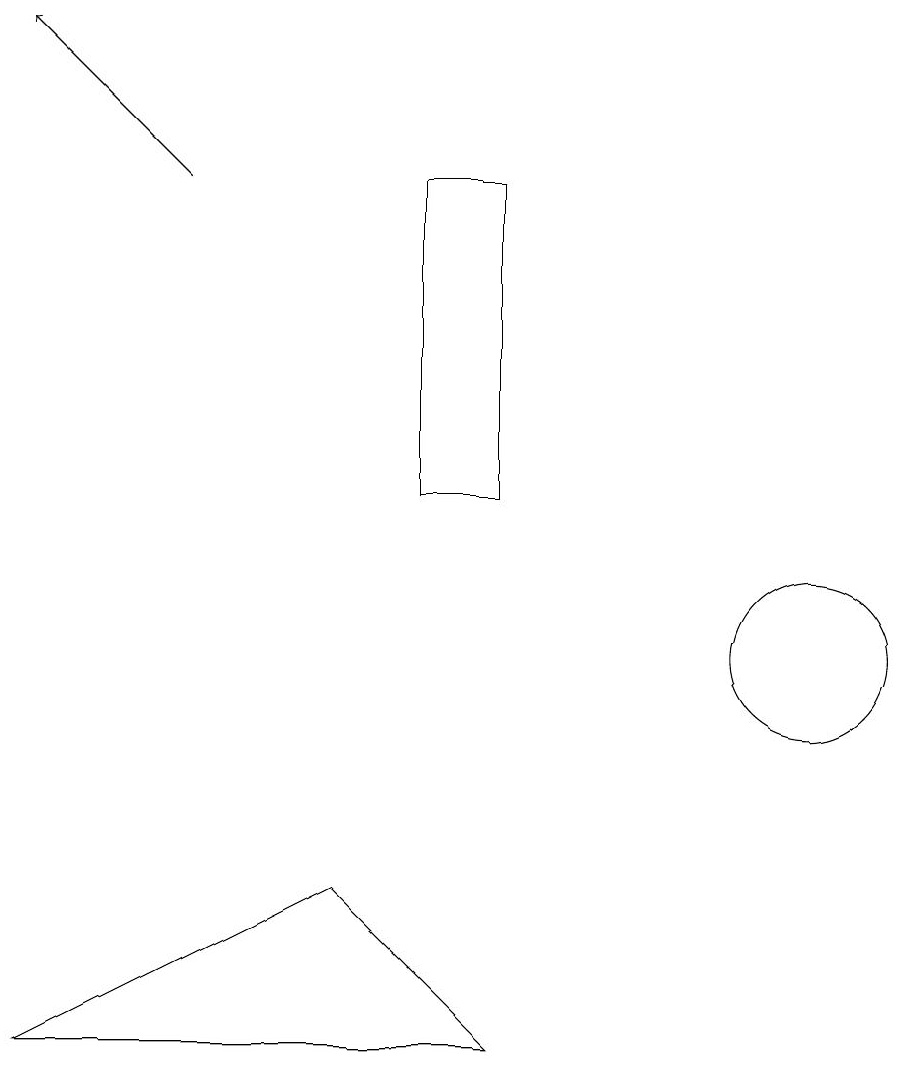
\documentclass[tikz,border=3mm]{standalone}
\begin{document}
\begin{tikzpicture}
\draw (7,16) rectangle (6,12);
\draw (5,7) -- (7,5) -- (1,5) -- cycle;
\draw (11,10) circle (1);
\draw[->] (3,16) -- (1,18);
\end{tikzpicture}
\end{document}